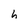
Character: h